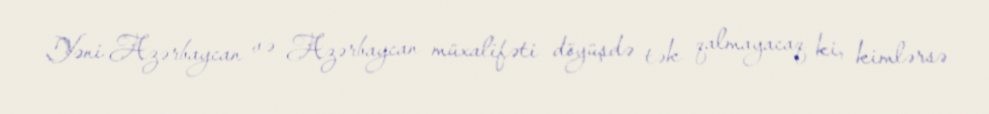
Yəni Azərbaycan və Azərbaycan müxalifəti döyüşdə tək qalmayacaq ki, kimlərsə